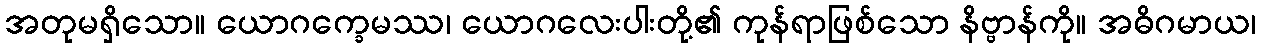
အတုမရှိသော။ ယောဂက္ခေမဿ၊ ယောဂလေးပါးတို့၏ ကုန်ရာဖြစ်သော နိဗ္ဗာန်ကို။ အဓိဂမာယ၊